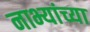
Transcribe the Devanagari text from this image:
नाभ्यांच्या